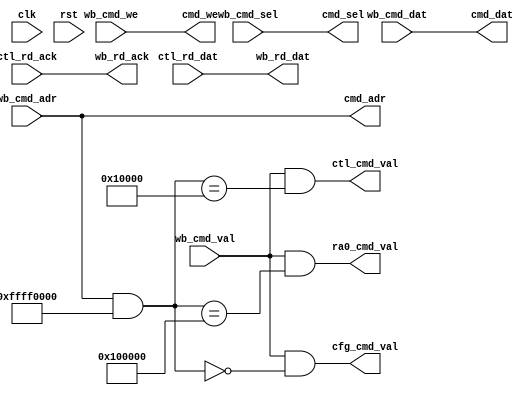
module cfg #(
   parameter CFG0_INIT = 'h00000000,
   parameter ADDR_MASK = 'hFFFF0000,
   parameter CFG_ADDR =  'h00000000,
   parameter CTL_ADDR =  'h00010000,
   parameter RA0_ADDR =  'h00100000
)(
`ifdef USE_POWER_PINS
   inout vccd1,	// User area 1 1.8V supply
   inout vssd1,	// User area 1 digital ground
`endif

   input          clk,
   input          rst,
   input          wb_cmd_val,
   input  [31:0]  wb_cmd_adr,
   input          wb_cmd_we,
   input  [3:0]   wb_cmd_sel,
   input  [31:0]  wb_cmd_dat,
   output         wb_rd_ack,
   output [31:0]  wb_rd_dat,

   output [31:0]  cmd_adr,
   output         cmd_we,
   output [3:0]   cmd_sel,
   output [31:0]  cmd_dat,

   output         ctl_cmd_val,
   output         cfg_cmd_val,
   output         ra0_cmd_val,
   input          ctl_rd_ack,
   input  [31:0]  ctl_rd_dat

);

   reg    [7:0]   seq_q;
   wire   [7:0]   seq_d;

   reg    [31:0]  cfg0_q;
   wire   [31:0]  cfg0_d;

   // FF
   always @(posedge clk) begin
      if (rst) begin
         seq_q <= 'hFF;
         cfg0_q <= CFG0_INIT;
      end else begin
         seq_q <= seq_d;
         cfg0_q <= cfg0_d;
      end
   end

   // Common
   assign cmd_adr = wb_cmd_adr;
   assign cmd_we = wb_cmd_we;
   assign cmd_sel = wb_cmd_sel;
   assign cmd_dat = wb_cmd_dat;

   // Macro Routing
   assign cfg_cmd_val = wb_cmd_val & ((wb_cmd_adr & ADDR_MASK) == (CFG_ADDR & ADDR_MASK));
   assign cfg0_d = cfg_cmd_val & cmd_we ? cmd_dat : cfg0_q;


   assign ctl_cmd_val = wb_cmd_val & ((wb_cmd_adr & ADDR_MASK) == (CTL_ADDR & ADDR_MASK));
   assign ra0_cmd_val = wb_cmd_val & ((wb_cmd_adr & ADDR_MASK) == (RA0_ADDR & ADDR_MASK));

   assign wb_rd_ack = ctl_rd_ack;
   assign wb_rd_dat = ctl_rd_dat;

endmodule